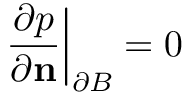
\displaystyle \left. \frac { \partial p } { \partial \mathbf { n } } \right\rvert _ { \partial B } = 0